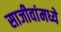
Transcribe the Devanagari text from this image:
साजीवांमध्ये